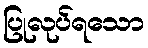
ပြုလုပ်ရသော